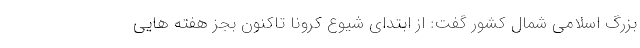
بزرگ اسلامی شمال کشور گفت: از ابتدای شیوع کرونا تاکنون بجز هفته هایی